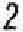
2